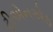
ટીએનએફ